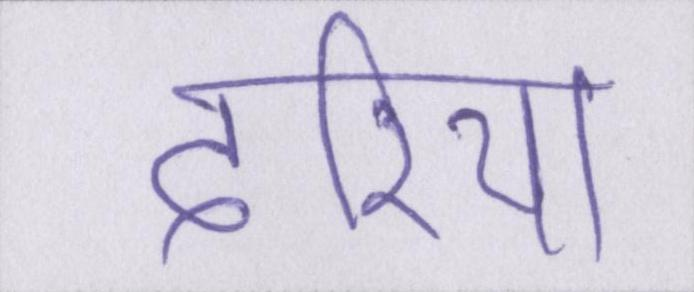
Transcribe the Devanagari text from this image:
दरिया